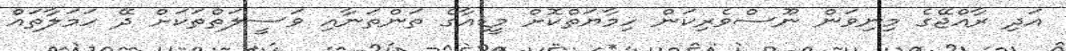
އަދި ރާއްޖޭގެ މިނިވަން ނޫސްވެރިކަން ހިމާޔަތްކޮށް މީޑިއާގެ ތަންތަނާއި ވަސީލަތްތަކަށް ދޭ ހަމަލާތައް